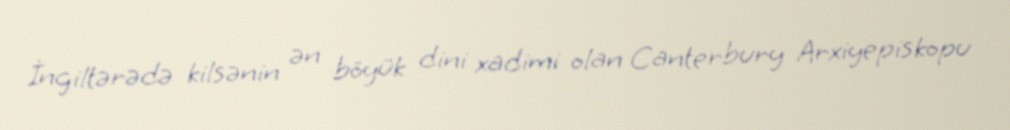
İngiltərədə kilsənin ən böyük dini xadimi olan Canterbury Arxiyepiskopu